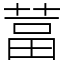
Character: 葍